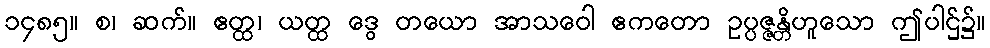
၁၄၈၅။ စ၊ ဆက်။ ဧတ္ထ၊ ယတ္ထ ဒွေ တယော အာသဝေါ ဧကတော ဥပ္ပဇ္ဇန္တိဟူသော ဤပါဌ်၌။